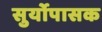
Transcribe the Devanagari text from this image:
सुर्योपासक